Report on vaccination in Madras 1922-1929 - 1922-1929
Year: 1922
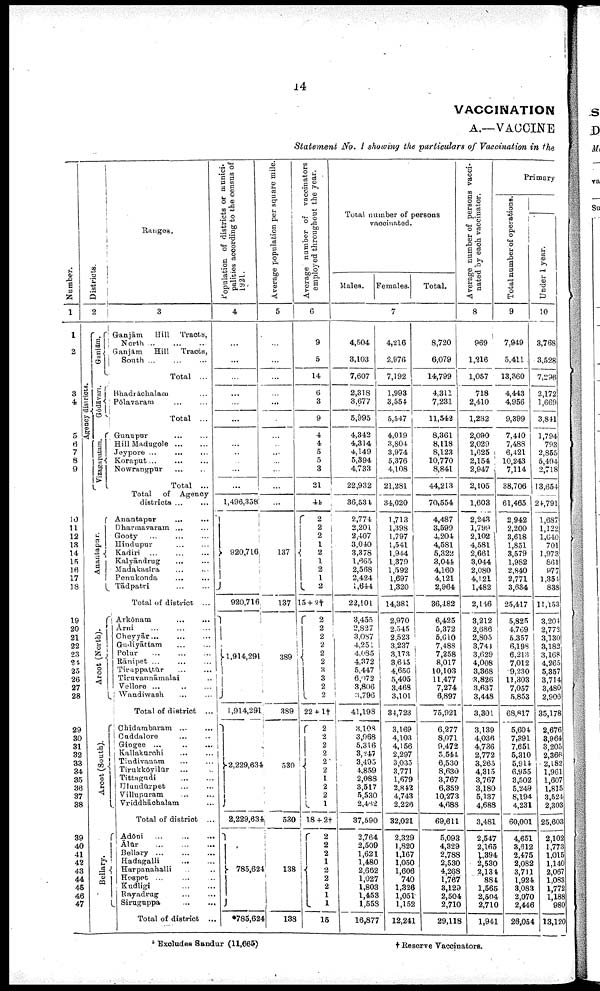
14
VACCINATION
A.—VACCINE
Statement No. I showing the particulars of Vaccination in the
Number.
1
1
2
3
4
5
6
7
8
9
10
11
12
13
14
15
16
17
18
19
20
21
22
23
24
25
26
27
28
29
30
31
32
33
34
35
36
37
38
39
40
41
42
43
44
45
46
47
Districts.
Agency districts.
2
Gunjām.
Gódāvari.
Vizagapatam.
Anantapur... ...
Arcot (North).
Arcot (South).
Bellary.
Ranges.
3
Ganjām
Hill Tracts,
North... ... ...
Ganjām Hill
Tracts,
South
Total ...
Bhadrāchalam... ...
Pōlavaram... ...
Total ...
Gunupur... ...
Hill Madugole... ...
Jeypore... ...
Koraput... ...
Nowrangpur... ...
Total ...
Total of Agency
districts...
...
Anantapur
...
...
Dharmavaram... ...
Gooty... ...
Hindupur... ...
Kadiri... ...
Kalyāndrug...
...
Madakasira...
...
Penukonda... ...
Tādpatri...
...
Total of district ...
Arkōnam...
...
Ārni... ...
Cheyyār... ... ...
Gudiyāttam... . . .
Polur...
.
.
.
Rānipet ...
Tiruppattūr...
Tiruvannāmalai... ...
Vellore ...
Wandiwash... ...
Total of district ...
Chidambaram ...
Cuddalore... ...
Gingee... ...
Kallakurchi... ...
Tindivanam... ...
Tirukkōyilūr...
...
Tittagudi... ...
Ulundūrpet... ...
Villupuram... ...
Vriddhāchalam... ...
Total of district ...
Adōni... ...
Ālūr... ...
Bellary... ...
Hadagalli... ...
Harpanahalli... ...
Hospet... ...
Kudligi... ...
Rayadrug... ...
Siruguppa... ...
Total of district ...
Population of districts or munici·
palities according to the census of
1921.
4
...
...
...
...
...
...
...
...
...
...
...
...
1,496,358
920,716
920,716
1,914,291
1,914,291
2,229,634
2,229,634
785,624
*785,624
Average population per square mile.
5
...
...
...
...
...
...
...
...
...
...
...
...
...
137
137
389
389
530
530
138
138
Average number of vaccinators
employed throughout the year.
6
9
5
14
6
3
9
4
4
5
5
3
21
44
2
2
2
1
2
1
2
1
2
15 + 2†
2
2
2
2
2
2
3
3
2
2
22 + l†
2
2
2
2
2
2
1
2
2
1
18 + 2†
2
2
2
1
2
2
2
1
1
15
Total number of persons
vaccinated.
Males.
Females.
Total.
7
4,504
3,103
7,607
2,318
3,677
5,995
4,342
4,314
4,149
5,394
4,733
22,932
36,531
2,774
2,201
2,407
3,040
3,378
1,665
2,568
2,424
1,644
22,101
3,455
2,827
3,087
4,251
4,085
4,372
5,447
6,072
3,806
3,796
41,198
3, 108
3,968
5,316
3,247
3,495
4,859
2,088
3,517
5,530
2,482
37,590
2,764
2,509
1,621
1,480
2,662
1,027
1,803
1,453
1,553
16,877
4,216
2,976
7,192
1,993
3,554
5,547
4,019
3,804
3,974
5,376
4,108
21,281
34,020
1,713
1,398
1,797
1,541
1,944
1,379
1,592
1,697
1,320
14,381
2,970
2,545
2,523
3,237
3,173
3,615
4,656
5,405
3,468
3,101
34,723
3,169
4,103
4,156
2,297
3,035
3,771
1,679
2,842
4,743
2,226
32,021
2,329
1,820
1,167
1,050
1,606
740
1,326
1,051
1,152
12,241
8,720
6,079
14,799
4,311
7,231
11,542
8,361
8,118
8,123
10,770
8,841
44,213
70,554
4,487
3,599
4,204
4,581
5,322
3,044
4,160
4,121
2,964
36,482
6,425
5,372
5,610
7,488
7,258
8,017
10,103
11,477
7,274
6,897
75,921
6,277
8,071
9,472
5,544
6,530
8,630
3,767
6,359
10,273
4,688
69,611
5,093
4,329
2,788
2,530
4,268
1,767
3,129
2,504
2,710
29,118
Average number of persons vacci
nated by each vaccinator.
8
969
1,216
1,057
718
2,410
1,282
2,090
2,029
1,625
2,154
2,947
2,105
1,603
2,243
1,799
2,102
4,581
2,661
3,044
2,080
4,121
1,482
2,146
3,212
2,686
2,805
3,744
3,629
4,008
3,368
3,826
3,637
3,448
3,301
3,139
4,036
4,736
2,772
3,265
4,315
3,767
3,180
5,137
4,688
3,481
2,547
2,165
1,394
2,530
2,134
884
1,565
2,504
2,710
1,941
Primary
Total number of operations.
9
7,949
5,411
13,360
4,443
4,956
9,399
7,410
7,488
6,421
10,243
7,114
38,706
61,465
2,942
2,200
3,618
1,851
3,579
1,982
2,840
2,771
3,634
25,417
5,825
4,769
5,357
6,198
6,213
7,012
9,230
11,303
7,057
5,853
68,817
5,604
7,391
7,651
5,310
5,914
6,955
3,502
5,249
8,194
4,231
60,001
4,651
3,612
2,475
2,082
3,711
1,924
3,083
2,070
2,446
26,054
Under 1 year.
10
3,768
3,528
7,296
2,172
1,669
3,841
1,794
793
2,855
5,494
2,718
13,654
24,791
1,687
1,122
1,640
701
1,973
861
977
l,354
838
11,153
3,204
2,772
3,130
3,182
3,168
4,265
5,357
3,714
3,480
2,906
35,178
2,676
3,964
3,205
2,368
2,182
1,961
1,607
1,815
3,524
2,303
25,603
2,102
1,773
1,015
1,140
2,067
1,083
1,772
1,188
980
13,120
* Excludes Sandur (11,665)
† Reserve Vaccinators.